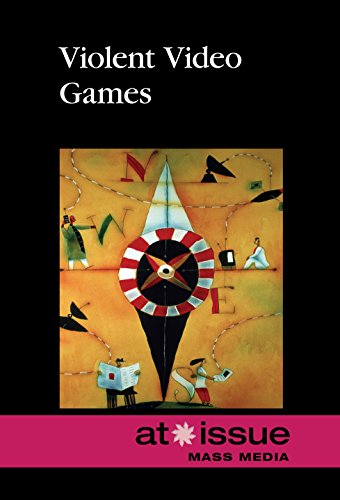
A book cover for Violent Video Games (At Issue); Roman Espejo; Teen & Young Adult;